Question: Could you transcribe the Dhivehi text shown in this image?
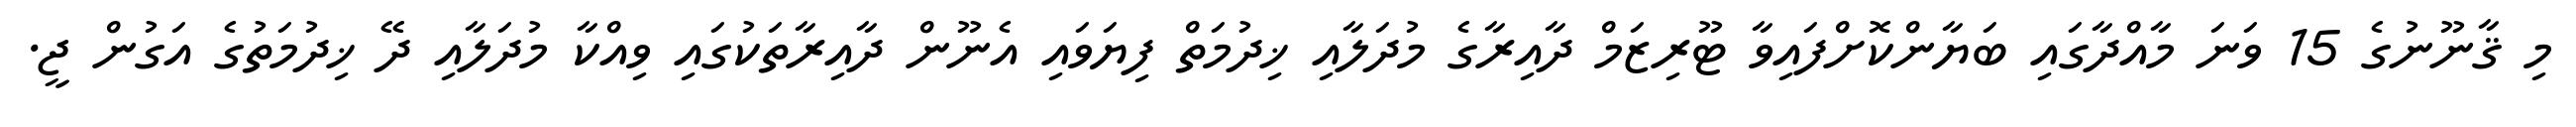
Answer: މި ޤާނޫނުގެ 15 ވަނަ މާއްދާގައި ބަޔާންކޮށްފައިވާ ޓޫރިޒަމް ދާއިރާގެ މުދަލާއި ޚިދުމަތް ފިޔަވައި އެނޫން ދާއިރާތަކުގައި ވިއްކާ މުދަލާއި ދޭ ޚިދުމަތުގެ އަގުން ޖީ.